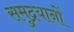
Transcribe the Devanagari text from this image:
समुद्रयानों